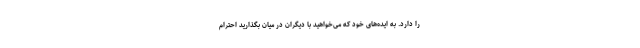
را دارد. به ایده‌های خود که می‌خواهید با دیگران در میان بگذارید احترام